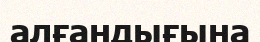
алғандығына